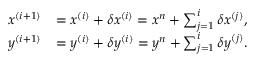
\begin{array} { r l } { \boldsymbol { x } ^ { ( i + 1 ) } } & { = \boldsymbol { x } ^ { ( i ) } + \delta \boldsymbol { x } ^ { ( i ) } = \boldsymbol { x } ^ { n } + \sum _ { j = 1 } ^ { i } \delta \boldsymbol { x } ^ { ( j ) } , } \\ { \boldsymbol { y } ^ { ( i + 1 ) } } & { = \boldsymbol { y } ^ { ( i ) } + \delta \boldsymbol { y } ^ { ( i ) } = \boldsymbol { y } ^ { n } + \sum _ { j = 1 } ^ { i } \delta \boldsymbol { y } ^ { ( j ) } . } \end{array}